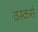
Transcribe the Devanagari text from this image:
वस्कर्स